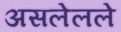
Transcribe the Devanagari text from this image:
असलेलले